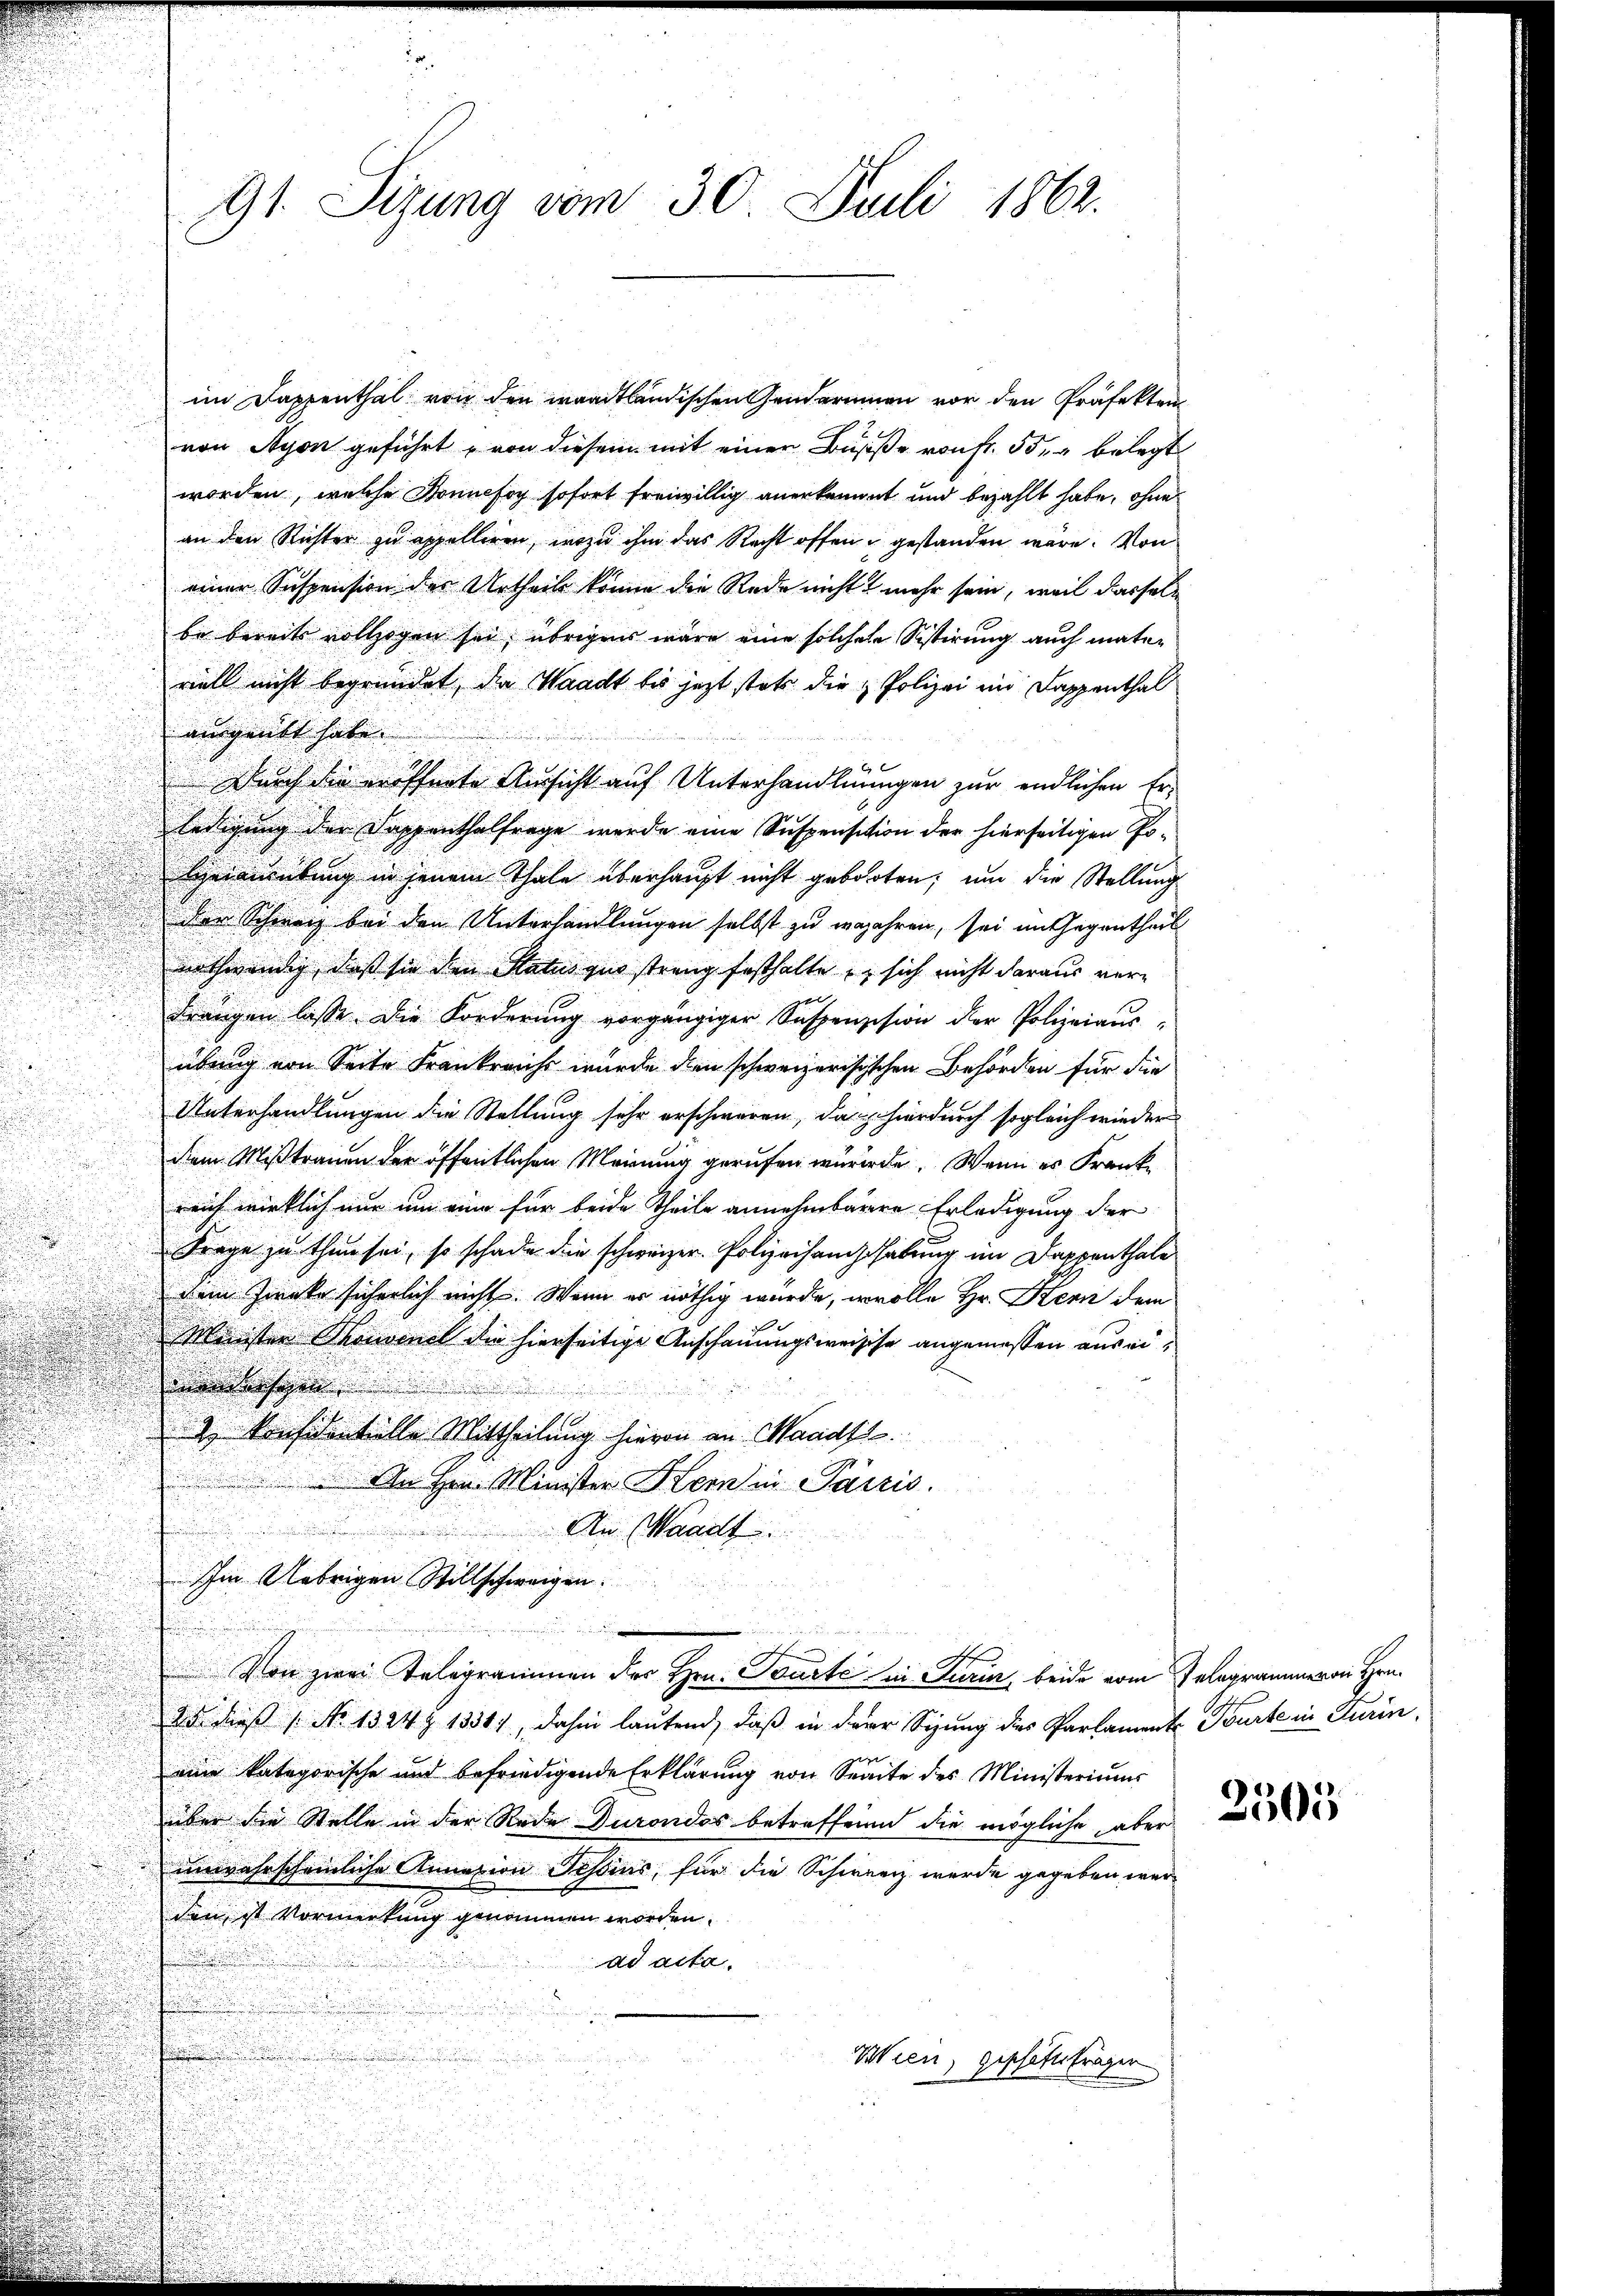
n

n
 An Hrn. Minister Hern in Parzis.

An Waadt.
Im Uebrigen Stillschweigen.
Von zwei Telegrammen der Hrn. Beurte in Turin, beide vom Telegrammeron Hrn.
25. dieß No 1324 § 1338), dahin lautend, daß in der Sizung des Parlament. Tourte in Turin,
eine kategorische und befriedigende Erklärung von Seite des Ministeriums
über die Stelle in der Rede Durondos betreffenen die mögliche, aber
unwahrscheinliche Annasion Josias, für die Schweiz werde gegeben werden, ist Vormerkung genommen worden.
ad acta.
Wien, geschäftsfragen

91. Sizung vom 30. Juli 1862.

im Dappenthal von den wardtländischen Gendarinnen vor den Präfekten
von Nyon geführt, von diesem mit einer Busse von fr. 55, belegt
worden, welche Sonnefog sofort freiwillig anerkennet und bezahlt habe, ohne
an den Richter zu appelliren, wozu ihm das Recht offen gestanden wäre. Von
einer Suspension des Urtheile könne die Rede nicht mehr sein, weil dasselb
be bereits vollzogen sei, übrigens wäre eine solchese Sistirung auch mater
viell nicht begründet, die Waadt bis jezt stets die Polizei im Kappenthal
ausgeübt habe.
2
Durch die eröffnete Aussicht auf Unterhandlungen zur endlichen Er-
ledigung der Dappenthalfrage werde eine Suspensition der hierseitigen Po-
Herausübung in jenem Thale überhaupt nicht gebohrten; um die Stellung
der Schweiz bei den Unterhandlungen selbst zu wojahren, sei im Gegentheil
nothwendig, dass sie den Status quo streng festhalte, sich nicht daraus verdrangen lasse. Die Forderung vorgängiger Suspensision der Polizeiaus-
übung von Seite Frankreich wurde den schweizerisischen Behörden für die
Unterhandlungen die Stellung sehr erschweren, da hierdurch sogleich wieder
dem Mißtrauen der öffentlichen Meinung gerufen wurde. Wenn es Franke
reich wirklich nur um eine für beide Theile annehmbarere Erledigung der
Frage zu thun sei, so schade die schweizer. Polizeihandhabung im Dappenthale
dem Zwecke sicherlich nicht. Wenn er nöthig wurde, wolle Hr. Kern dem
Ministen Thonvenel die hierseitige Anschauungsweische angemessen aus eieigen
2. Konfidentielle Mittheilung hievon an Waadt.